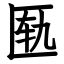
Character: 匦